Annual report on the health of the army in India
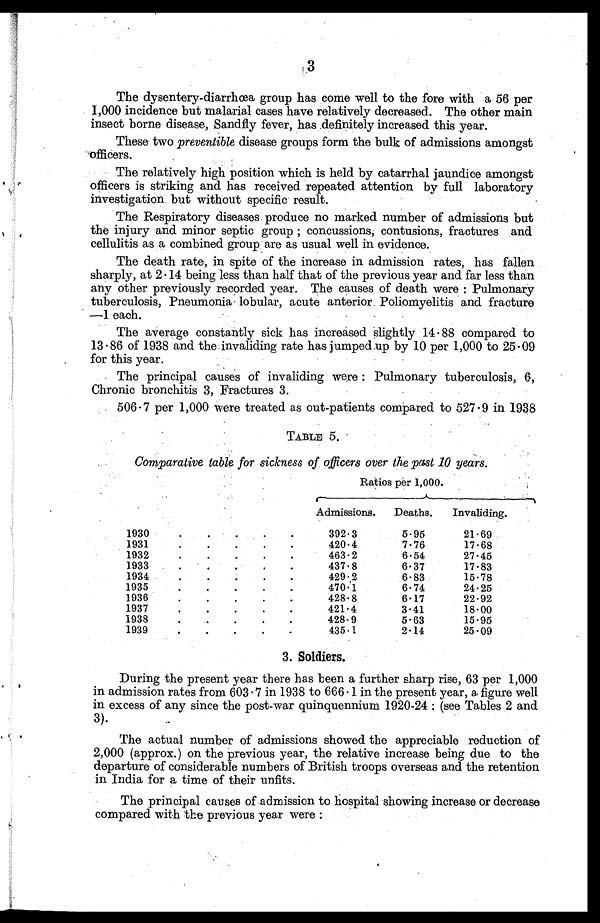
3
The dysentery-diarrhoea group has come well to the fore with a 56 per
1,000 incidence but malarial cases have relatively decreased. The other main
insect borne disease, Sandfly fever, has definitely increased this year.
These two preventible disease groups form the bulk of admissions amongst
officers.
The relatively high position which is held by catarrhal jaundice amongst
officers is striking and has received repeated attention by full laboratory
investigation but without specific result.
The Respiratory diseases produce no marked number of admissions but
the injury and minor septic group ; concussions, contusions, fractures and
cellulitis as a combined group are as usual well in evidence.
The death rate, in spite of the increase in admission rates, has fallen
sharply, at 2 . 14 being less than half that of the previous year and far less than
any other previously recorded year. The causes of death were : Pulmonary
tuberculosis, Pneumonia lobular, acute anterior Poliomyelitis and fracture
-1 each.
The average constantly sick has increased slightly 14.88 compared to
13 . 86 of 1938 and the invaliding rate has jumped .up by 10 per 1,000 to 25.09
for this year.
The principal causes of invaliding were : Pulmonary tuberculosis, 6,
Chronic bronchitis 3, Fractures 3.
506 . 7 per 1,000 were treated as out-patients compared to 527 . 9 in 1938
TABLE 5.
Comparative table for sickness of officers over the past 10 years.
Ratios per 1,000.
Admissions.
Deaths
Invaliding.
1930
.
.
.
.
.
392.3
5.95
21.69
1931
420.4
7.76
17.68
•
1932
.
.
.
.
463.2
6.54
27.45
l933
•
.
.
437 . 8
6.37
17.83
1934
•
-
.
.
429.2
6.83
15.78
1935
.
.
.
.
.
470.1
6.74
24.25
1936
•
.
•
•
•
428.8
6.17
22.92
1937
.
.
.
421.4
3.41
18.00
1938
.
•
•
428.9
5.63
15.95
1939
•
•
•
•
•
435.1
2.14
25.09
3. Soldiers.
During the present year there has been a further sharp rise, 63 per 1,000
in admission rates from 603.7 in 1938 to 666.1 in the present year, a figure well
in excess of any since the post-war quinquennium 1920-24 : (see Tables 2 and
3).
The actual number of admissions showed the appreciable reduction of
2,000 (approx.) on the previous year, the relative increase being due to the
departure of considerable numbers of British troops overseas and the retention
in India for a time of their unfits.
The principal causes of admission to hospital showing increase or decrease
compared with the previous year were :